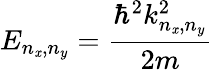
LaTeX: E_{n_{\mathit{x}},n_{y}}={\frac{{\hbar^{2}k_{n_{\mathit{x}},n_{y}}^{2}}}{{2m}}}